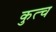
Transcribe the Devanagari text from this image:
कुत्च